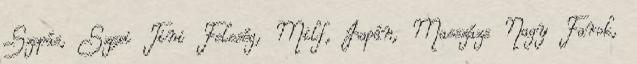
Szopás, Szexi Tini Feleség, Milf, Japán, Masszázs Nagy Farok,